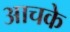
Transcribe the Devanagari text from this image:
आचके